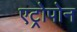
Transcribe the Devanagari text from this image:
एट्रोपोन